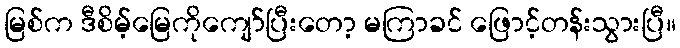
မြစ်က ဒီစိမ့်မြေကိုကျော်ပြီးတော့ မကြာခင် ဖြောင့်တန်းသွားပြီ။